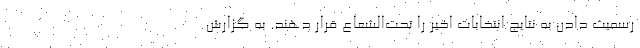
رسمیت دادن به نتایج انتخابات اخیر را تحت‌الشعاع قرار دهند. به گزارش